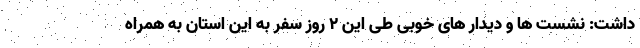
داشت: نشست ها و دیدار های خوبی طی این ۲ روز سفر به این استان به همراه